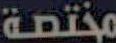
مختصة